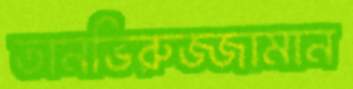
তানভিরুজ্জামান